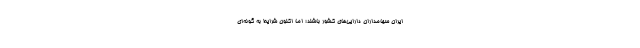
ایران سهامداران دارایی‌های کشور باشند؛ اما اکنون شرایط به گونه‌ای